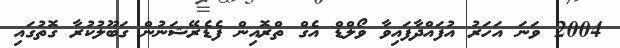
2004 ވަނަ އަހަރު އުފައްދާފައިވާ ވޯލްޑް އެގް ތްރޮއިން ފެޑެރޭޝަނުން ގަބޫލުކުރާ ގޮތުގައި